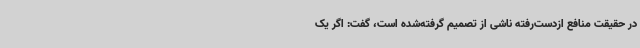
در حقیقت منافع ازدست‌رفته ناشی از تصمیم گرفته‌شده است، گفت: اگر یک